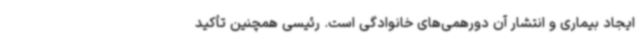
ایجاد بیماری و انتشار آن دورهمی‌های خانوادگی است. رئیسی همچنین تأکید